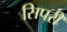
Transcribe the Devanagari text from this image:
सिपरी